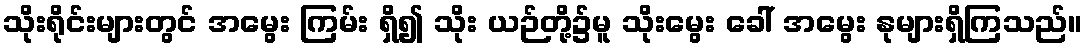
သိုးရိုင်းများတွင် အမွေး ကြမ်း ရှိ၍ သိုး ယဉ်တို့၌မူ သိုးမွေး ခေါ် အမွေး နုများရှိကြသည်။